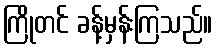
ကြိုတင် ခန့်မှန်းကြသည်။